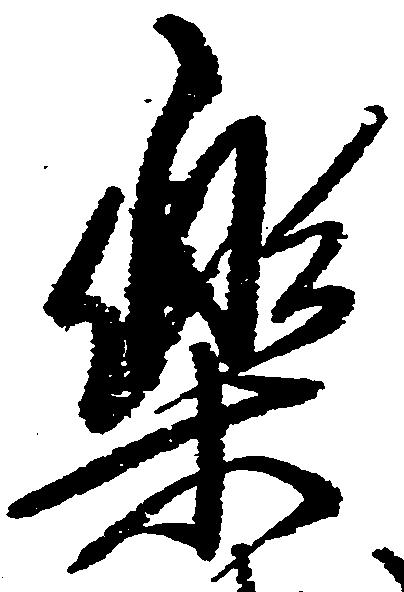
楽